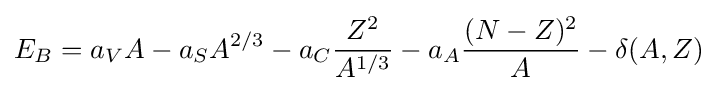
E_{B}=a_{V}A-a_{S}A^{2/3}-a_{C}{\frac {Z^{2}}{A^{1/3}}}-a_{A}{\frac {(N-Z)^{2}}{A}}-\delta (A,Z)